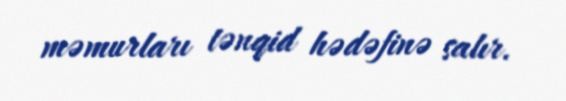
məmurları tənqid hədəfinə salır.